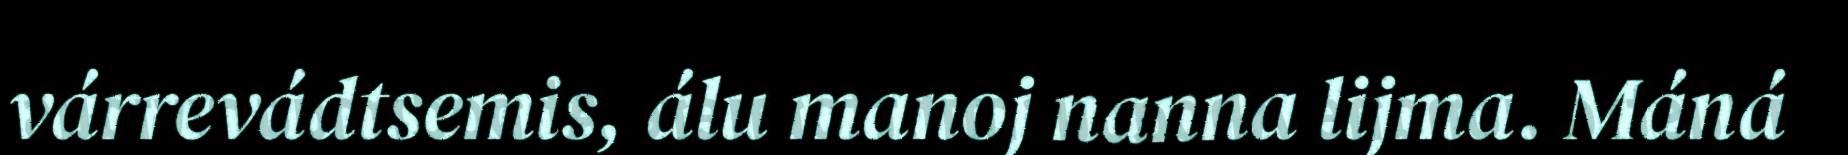
várrevádtsemis, álu manoj nanna lijma. Máná